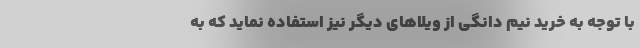
با توجه به خرید نیم دانگی از ویلاهای دیگر نیز استفاده نماید که به